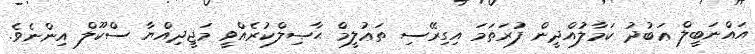
އައްނަބީލް ޢަބުދު ކަމާލުއްދީން ފުރަތަމަ އިގިރޭސި ތަޢުލީމް ޙާޞިލްކުރެއްވީ މަޖީދިއްޔާ ސްކޫލް އިންނެވެ.